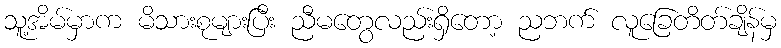
သူ့အိမ်မှာက မိသားစုများပြီး ညီမတွေလည်းရှိတော့ ညဘက် လူခြေတိတ်ချိန်မှ